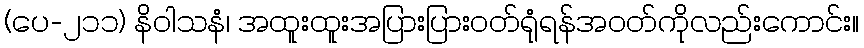
(ပေ-၂၁၁) နိဝါသနံ၊ အထူးထူးအပြားပြားဝတ်ရုံရန်အဝတ်ကိုလည်းကောင်း။